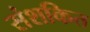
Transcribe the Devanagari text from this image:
संशकित